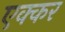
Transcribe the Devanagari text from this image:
एक्कर